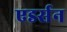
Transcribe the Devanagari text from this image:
एडर्सन